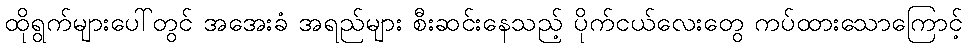
ထိုရွက်များပေါ်တွင် အအေးခံ အရည်များ စီးဆင်းနေသည့် ပိုက်ငယ်လေးတွေ ကပ်ထားသောကြောင့်